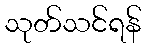
သုတ်သင်ရန်